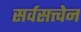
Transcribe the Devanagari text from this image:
सर्वसत्त्वेन